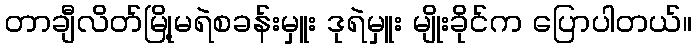
တာချီလိတ်မြို့မရဲစခန်းမှူး ဒုရဲမှူး မျိုးခိုင်က ပြောပါတယ်။